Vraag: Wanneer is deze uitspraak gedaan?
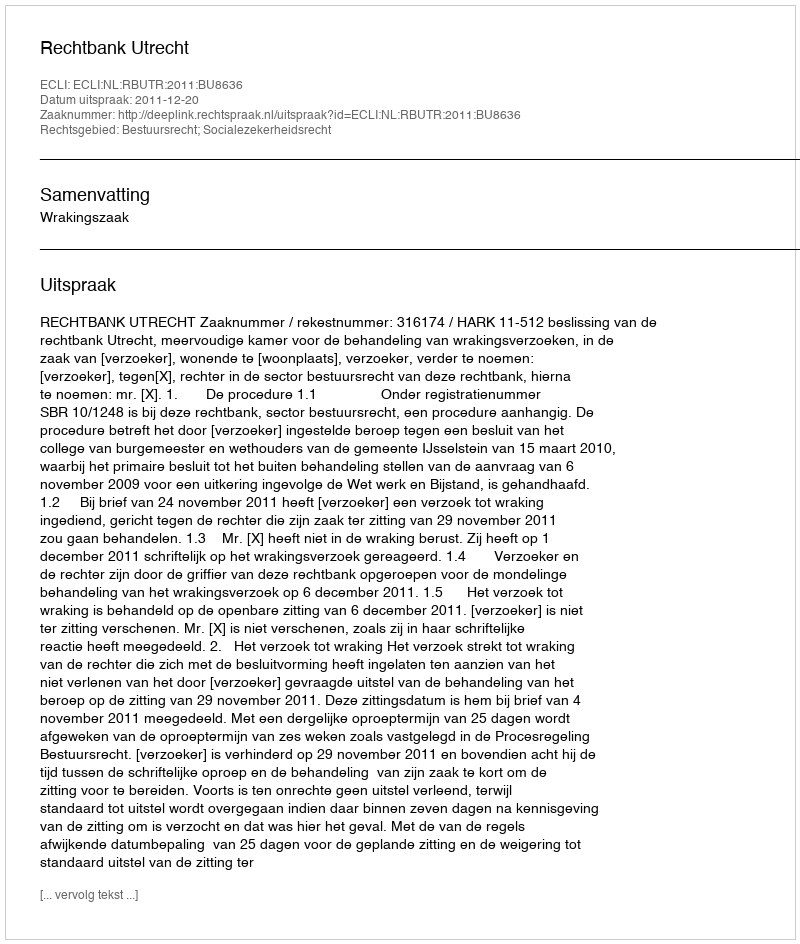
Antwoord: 2011-12-20